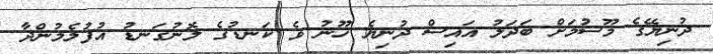
ދުނިޔޭގެ މޫސުމަށް ބަދަލު އައިސް ދުނިޔެ ހޫނު ވެ ކަނޑުގެ ލޮނުގަނޑު އުފުލެމުންދާ